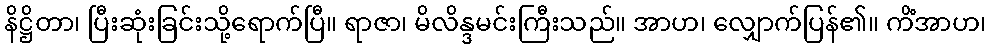
နိဋ္ဌိတာ၊ ပြီးဆုံးခြင်းသို့ရောက်ပြီ။ ရာဇာ၊ မိလိန္ဒမင်းကြီးသည်။ အာဟ၊ လျှောက်ပြန်၏။ ကိံအာဟ၊